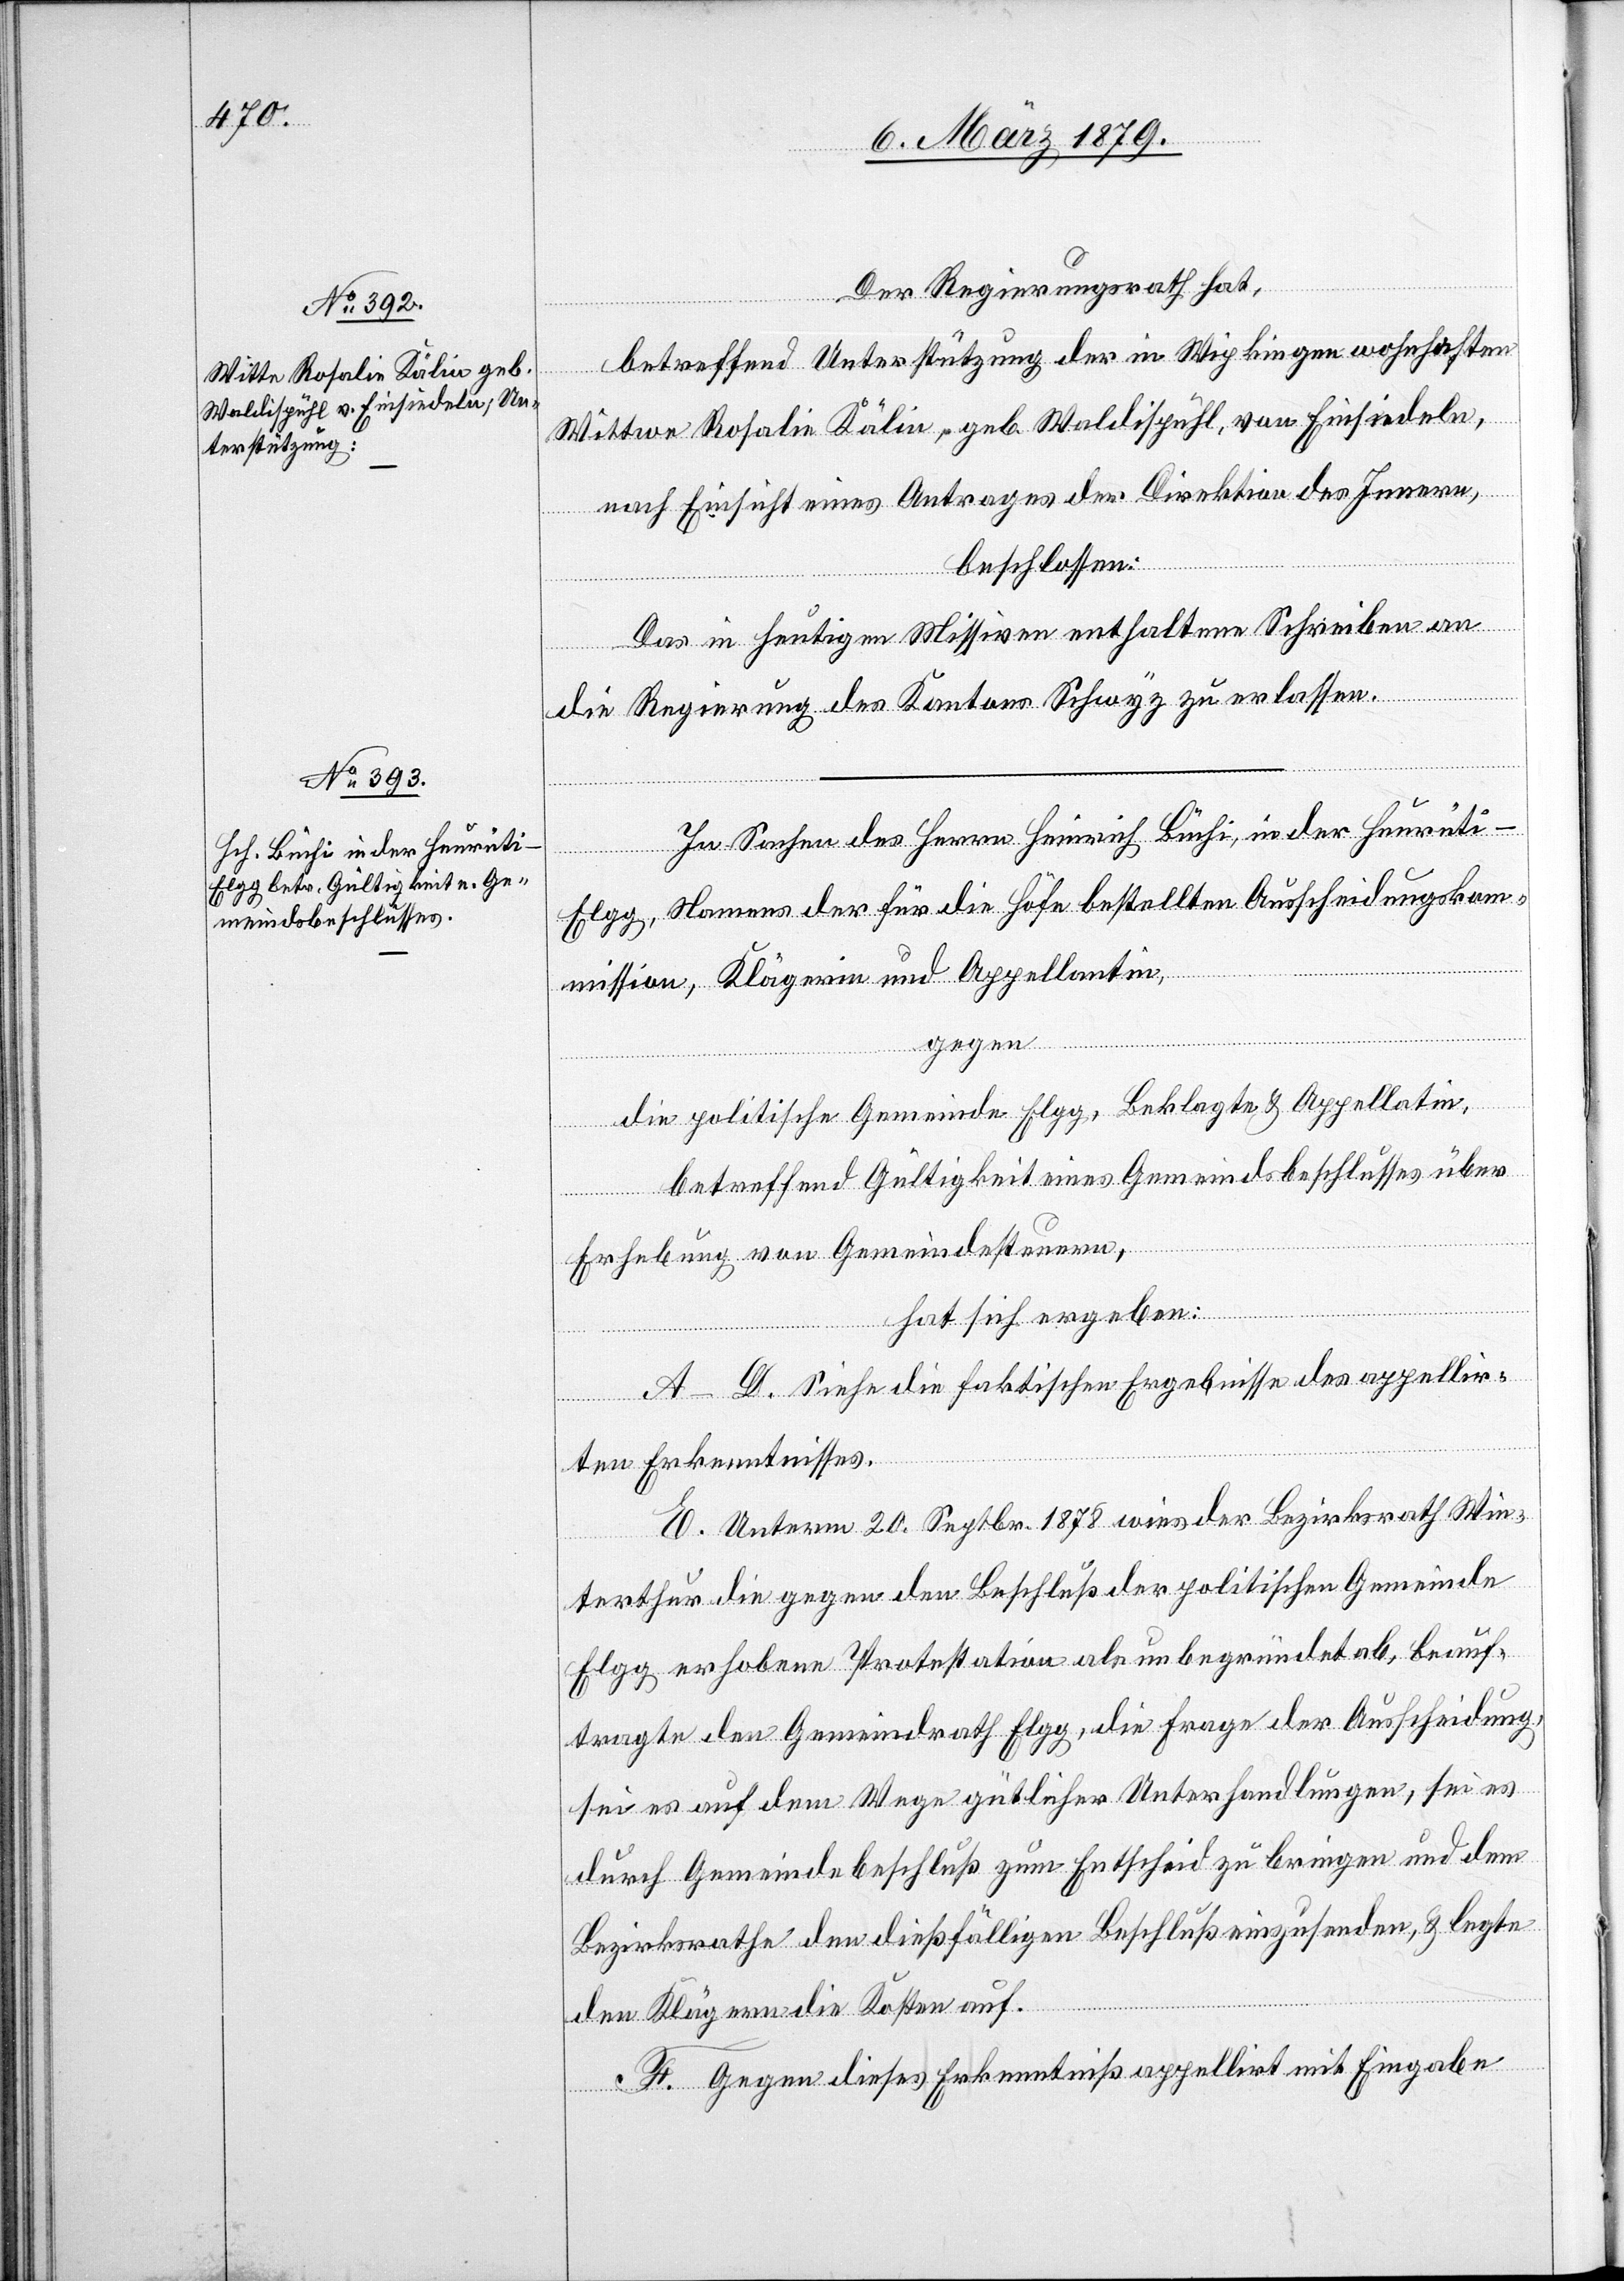
Der Regierungsrath hat,
betreffend Unterstützung der in Wipkingen wohnhaften
Wittwe Rosalie Kälin, geb. Waldispühl, von Einsiedeln,
nach Einsicht eines Antrages der Direktion des Innern,
beschlossen:
Das in heutigen Missiven enthaltene Schreiben an
die Regierung des Kantons Schwyz zu erlassen.
In Sachen des Herrn Heinrich Büchi, in der Heurüti
-
Elgg, Namens der für die Höfe bestellten Ausscheidungskom¬
mission, Klägerin und Appellantin,
gegen
die politische Gemeinde Elgg, Beklagte & Appellatin,
betreffend Gültigkeit eines Gemeindsbeschlusses über
Erhebung von Gemeindesteuern,
hat sich ergeben:
A–D. Siehe die faktischen Ergebnisse des appellir¬
ten Erkenntnisses.
E. Unterm 20. Septbr. 1878 wies der Bezirksrath Win¬
terthur die gegen den Beschluß der politischen Gemeinde
Elgg erhobene Protestation als unbegründet ab, beauf¬
tragte den Gemeindrath Elgg, die Frage der Ausscheidung,
sei es auf dem Wege gütlicher Unterhandlungen, sei es
durch Gemeindebeschluß zum Entscheid zu bringen und dem
Bezirksrathe den dießfälligen Beschluß einzusenden, & legte
den Klägern die Kosten auf.
F. Gegen dieses Erkenntniß appellirt mit Eingabe